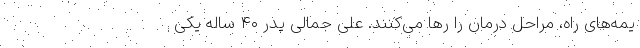
یمه‌های راه، مراحل درمان را رها می‌کنند. علی جمالی پدر ۴۰ ساله یکی